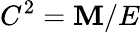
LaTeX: C^{2}=\mathbf{M}/E